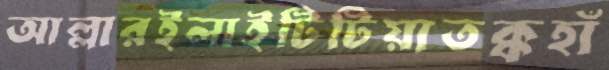
আল্লারইলাইটিটিয়াতক্কহাঁ